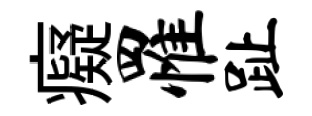
癡罹趾